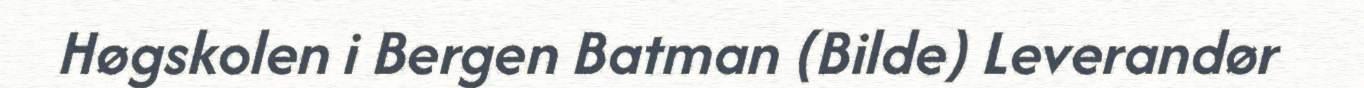
Høgskolen i Bergen Batman (Bilde) Leverandør